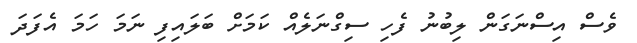
ވެސް އިސްނަގަން ލިބުނު ފެހި ސިގްނަލެއް ކަމަށް ބަލައިފި ނަމަ ހަމަ އެފަދަ